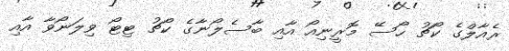
ރެއާލްގެ ކޯޗު ހޯސޭ މޮރީނިއޯ އާއި ބާސެލޯނާގެ ކޯޗު ޓިޓޯ ވިލަނޯވާ އާއި